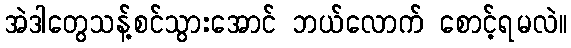
အဲဒါတွေသန့်စင်သွားအောင် ဘယ်လောက် စောင့်ရမလဲ။